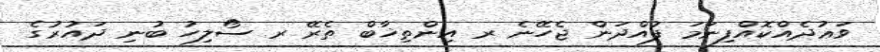
ވަޢުދެއްކޮއްފިނަމަ ފުއްދަން ޖެހޭނެ ރ އިންތިޚާބް ތެރޭ ރ ސޯލިހު ބުނި ދައުރުގެ